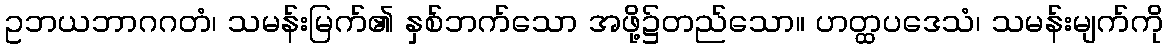
ဥဘယဘာဂဂတံ၊ သမန်းမြက်၏ နှစ်ဘက်သော အဖို့၌တည်သော။ ဟတ္ထပဒေသံ၊ သမန်းမျက်ကို